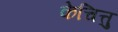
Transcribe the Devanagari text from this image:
केचित्तु